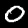
Label: 0